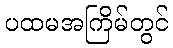
ပထမအကြိမ်တွင်